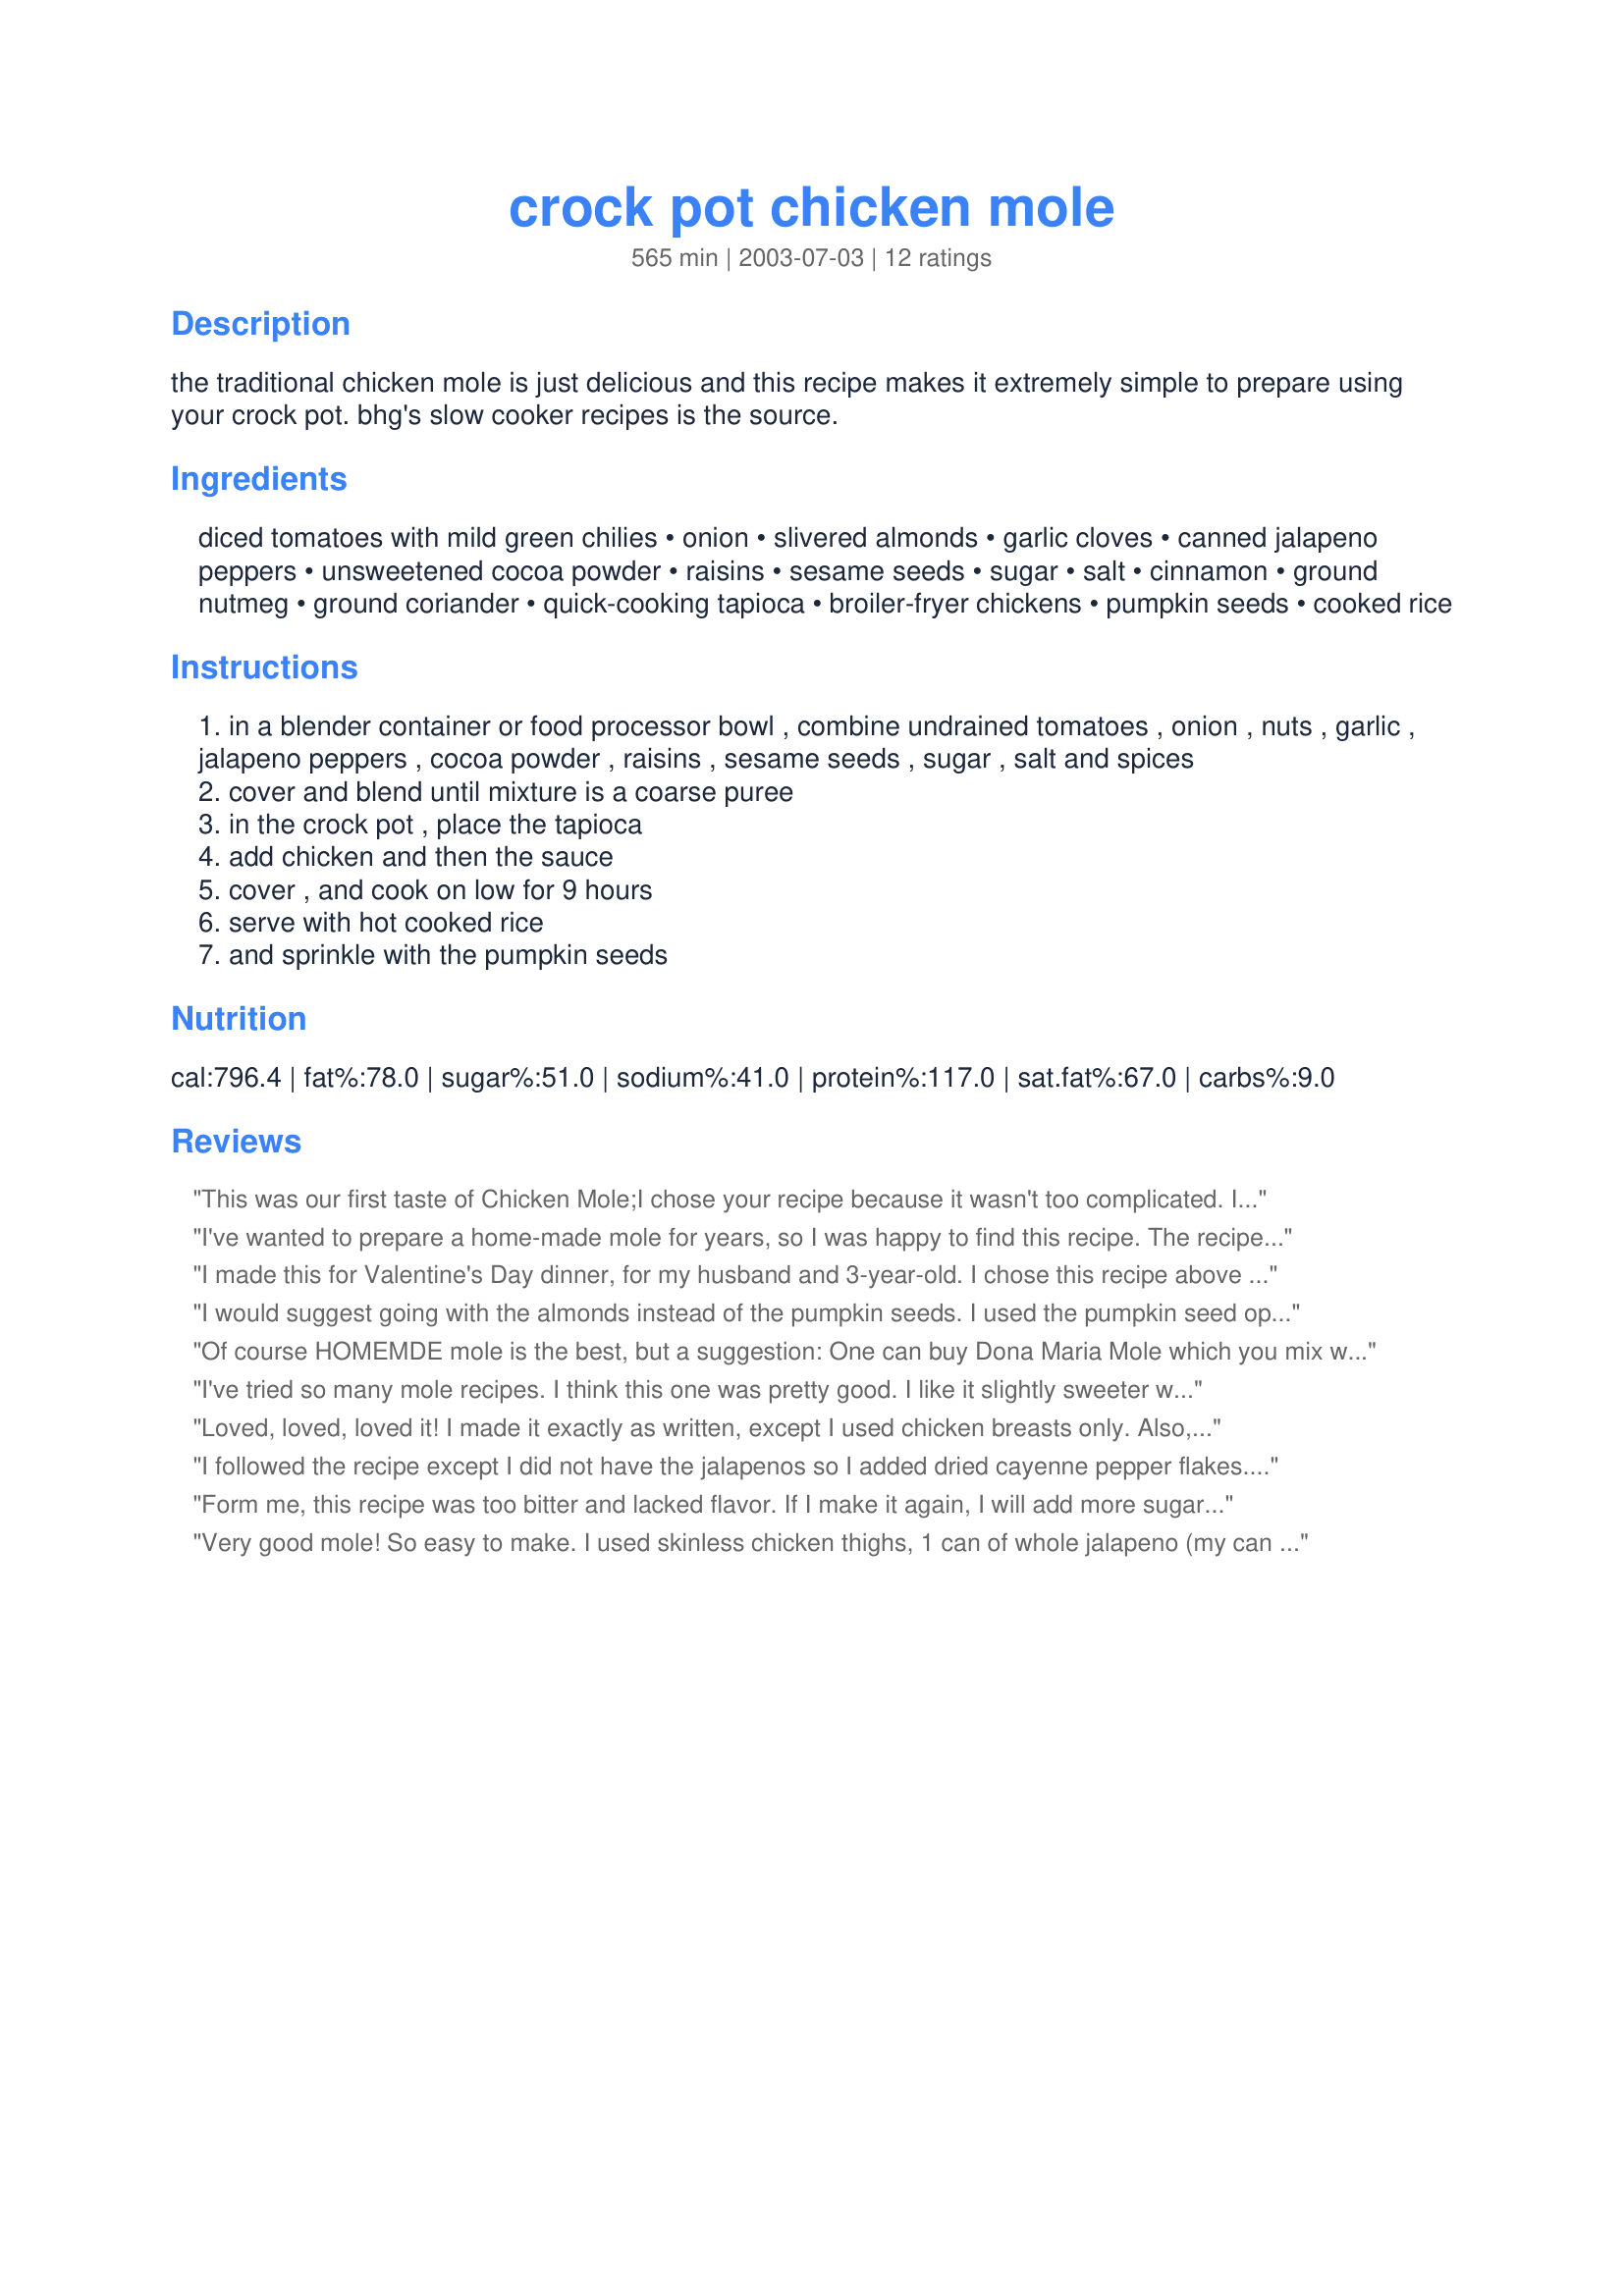
crock pot chicken mole
Preparation time: 565 minutes

the traditional chicken mole is just delicious and this recipe makes it extremely simple to prepare using your crock pot. bhg's slow cooker recipes is the source.

Ingredients:
diced tomatoes with mild green chilies, onion, slivered almonds, garlic cloves, canned jalapeno peppers, unsweetened cocoa powder, raisins, sesame seeds, sugar, salt, cinnamon, ground nutmeg, ground coriander, quick-cooking tapioca, broiler-fryer chickens, pumpkin seeds, cooked rice

Steps:
in a blender container or food processor bowl , combine undrained tomatoes , onion , nuts , garlic , jalapeno peppers , cocoa powder , raisins , sesame seeds , sugar , salt and spices
cover and blend until mixture is a coarse puree
in the crock pot , place the tapioca
add chicken and then the sauce
cover , and cook on low for 9 hours
serve with hot cooked rice
and sprinkle with the pumpkin seeds

Reviews:
This was our first taste of Chicken Mole;I chose your recipe because it wasn't too complicated.
It came out very good; great combination of all these different ingredients to produce this unique Mole flavour.The chicken was falling off the bones; so tender and juicy.I served it with rice cooked in chicken broth as you suggested with roasted vegetables.I made this for WT3;thank you for posting.
Rita
I've wanted to prepare a home-made mole for years, so I was happy to find this recipe. The recipe is OK, but there really needs to be some alterations to make it good: 1) DON'T use Pumpkin seeds (unless you can somehow find pre-shelled ones)! The consistency of the &quot;ground&quot; shells in the sauce, and seeds sprinkled on the top is anything but appetizing. Go with the almonds, which probably lend a richer flavor, and you'll avoid the &quot;shells&quot; issue. 2) Add more salt! I doubled the amount in my recipe, and it still needed more to adequately enhance flavors. 3) Add a pepper of your choice (ancho, pasilla, mulato, ect.) to the sauce. Our son-in-law is from Puebla Mexico (birthplace of moles), and felt that this was a crucial ingredient that was missing. 4) 9 hours in the crock pot is too long (unless you want chicken that has completely fallen away from the bones). I would recommend 8 hours max. 5) Top with sesame seeds (rather than almonds or pumpkin) as this is more authentic.
I made this for Valentine's Day dinner, for my husband and 3-year-old. I chose this recipe above others because it sounded great and I had all the ingredients on hand. To accommodate my daughter's tastes, I omitted the jalapeno and bumped up the sugar to 2T. My husband added hot sauce to his, and said it was the best mole he's ever had! This comes from a Californian who loves Mexican food. My daughter loved it, too. Also, I didn't use a crockpot -- just simmered the sauce on the stove for 15 minutes, then added chicken breasts and simmered another 30 minutes. It was perfect - moist, tender chicken, awesome sauce.
I would suggest going with the almonds instead of the pumpkin seeds. I used the pumpkin seed option, and there were very hard &quot;shell&quot; like bits in the sauce that were unpleasant and got stuck in our teeth. Next time I make this I will definitely use almonds. Otherwise, this tasted very good. I used 2 fresh jalape&ntilde;o peppers because I happened to have them on hand, and didn&#039;t have any canned. It was a good amount of spice.
Of course HOMEMDE mole is the best, but a suggestion: One can buy Dona Maria Mole which you mix w/boullin to make a mole sauce and can even buy prepakaged mole to just add. Not as good as homemade maybe but maybe better. Definitely a shortcut that might serve. Caveat: I have not made this, but think I would try with commercial mole which often has as many as 15 ingredients if you can buy from Mexico or Mexican store. To the person, who objected to the pumpkin seeds on top---why not add them in the blender w/mole ingredients? There are moles BASED on pumpkin seed!
I've tried so many mole recipes. I think this one was pretty good. I like it slightly sweeter with a touch more chocolate flavor. I didn't get much of either out of the sauce nor as much flavor overall as I would have expected. The almonds made it quite gritty so I used a hand blender on it which made for a better consistency.
Loved, loved, loved it! I made it exactly as written, except I used chicken breasts only. Also, my canned jalapenos were sliced, so I had to estimate how many slices made two whole peppers. I used about 1/4 cup, and that was just the right amount of heat for us. I only wish I'd doubled the recipe! We'll be having this often; thanks for posting!
I followed the recipe except I did not have the jalapenos so I added dried cayenne pepper flakes. Also I cooked it on high for 4.5 hours rather than at low for 9. I actually liked it better when it got more condensed and slightly bitter. Absolutely delicious and addictive! I have had chicken mole in restaurants and this was much more flavorful and lively. :)
Form me, this recipe was too bitter and lacked flavor. If I make it again, I will add more sugar or raisins, add cayenne, add salt, and possibly reduce the amount of cocoa.
Very good mole! So easy to make. I used skinless chicken thighs, 1 can of whole jalapeno (my can was rather big I think about 12 oz.) I left out the sugar. I cooked it on low in my crockpot for 7 hours. I think I could have cooked it less time. Maybe 5 to 6 hours would be better for my crockpot. I served this over steamed brown jasmine rice. Nice flavor. Thanks for sharing this recipe.
Excellent fall-apart tender chicken. I have never had chicken mole before but it is now one of my favorite crockpot dinners. We served this with white rice and Zucchini-Avocado Saute recipe#67539 and Easy Cream Cheese Pound Cake recipe#64222 w/ ice cream for desert for a wonderful meal. Thanks Geema for sharing this delicious and easy way to make chicken which we will be having again soon.
This recipe was good but be careful not to overcook in the crockpot - the sauce was tasty but may of had a tinge of bitterness to it. My first attempt at home made mole!
